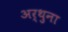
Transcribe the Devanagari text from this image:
अर्थुना